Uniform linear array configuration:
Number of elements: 8
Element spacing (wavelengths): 1
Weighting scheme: binomial
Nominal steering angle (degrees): -15
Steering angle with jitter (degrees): -14.799
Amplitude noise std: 0.05
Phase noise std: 0.05

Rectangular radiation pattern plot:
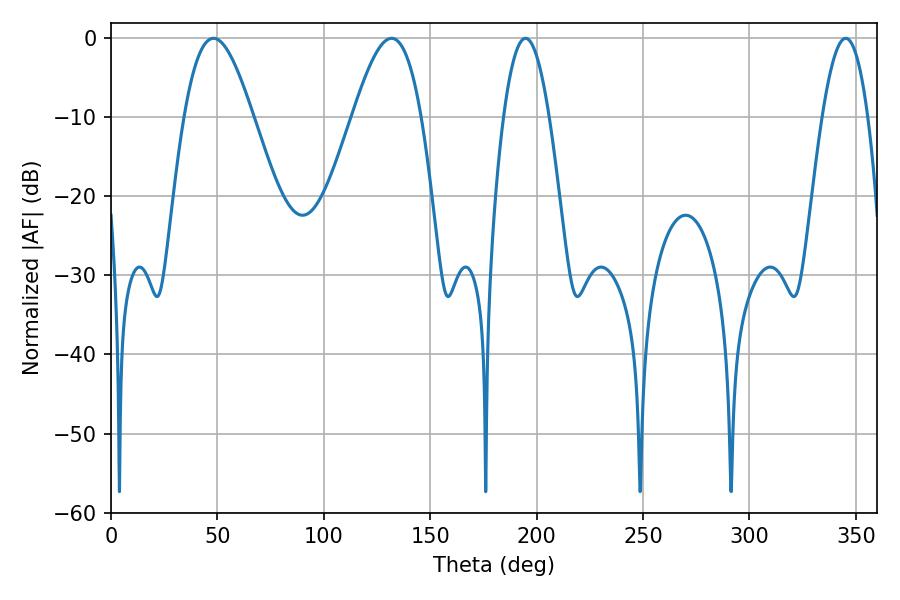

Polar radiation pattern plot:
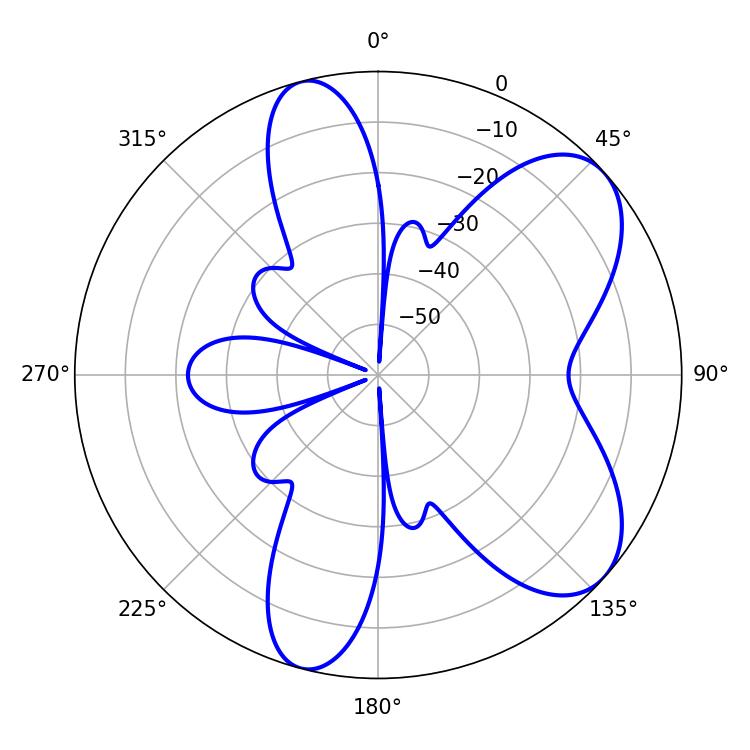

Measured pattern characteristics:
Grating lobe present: TRUE
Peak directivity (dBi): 7.111
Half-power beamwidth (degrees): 11.7
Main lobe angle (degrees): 194.76